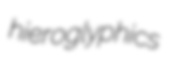
hieroglyphics